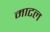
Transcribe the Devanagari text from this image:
माटल